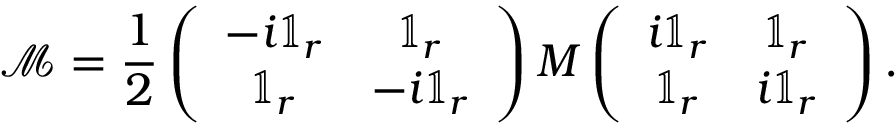
\mathcal { M } = \frac { 1 } { 2 } \left( \begin{array} { c c } { - i \mathbb { 1 } _ { r } } & { \mathbb { 1 } _ { r } } \\ { \mathbb { 1 } _ { r } } & { - i \mathbb { 1 } _ { r } } \end{array} \right) M \left( \begin{array} { c c } { i \mathbb { 1 } _ { r } } & { \mathbb { 1 } _ { r } } \\ { \mathbb { 1 } _ { r } } & { i \mathbb { 1 } _ { r } } \end{array} \right) .